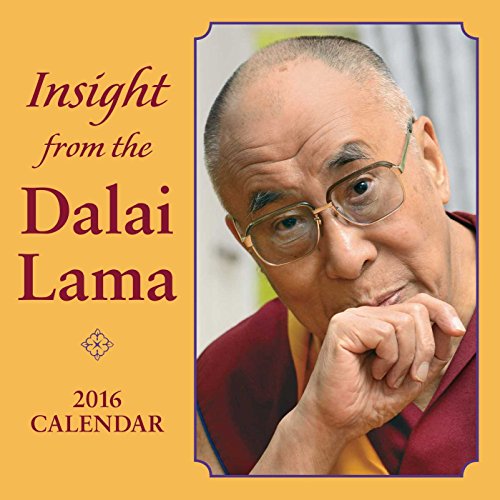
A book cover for Insight from the Dalai Lama 2016 Day-to-Day Calendar; Andrews McMeel Publishing LLC; Calendars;